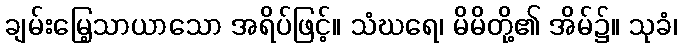
ချမ်းမြေ့သာယာသော အရိပ်ဖြင့်။ သံဃရေ၊ မိမိတို့၏ အိမ်၌။ သုခံ၊